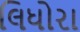
લિધોરા